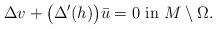
LaTeX: \begin{align*}\Delta v + \big( \Delta'(h) \big)\bar u=0 \mbox{ in } M\setminus \Omega.\end{align*}